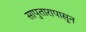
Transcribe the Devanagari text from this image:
सापुतारापासून